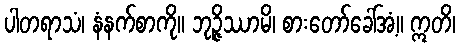
ပါတရာသံ၊ နံနက်စာကို။ ဘုဉ္ဇိဿာမိ၊ စားတော်ခေါ်အံ့။ ဣတိ၊